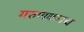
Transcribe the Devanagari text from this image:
गरुणकवच